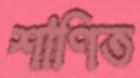
শাণিত